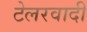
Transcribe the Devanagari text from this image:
टेलरवादी